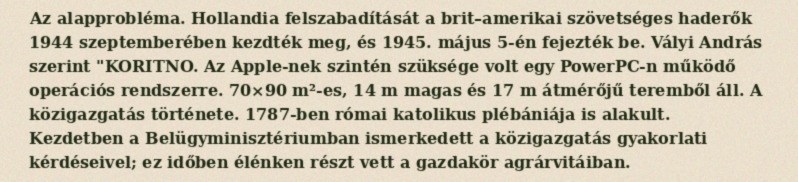
Az alapprobléma. Hollandia felszabadítását a brit–amerikai szövetséges haderők 1944 szeptemberében kezdték meg, és 1945. május 5-én fejezték be. Vályi András szerint "KORITNO. Az Apple-nek szintén szüksége volt egy PowerPC-n működő operációs rendszerre. 70×90 m²-es, 14 m magas és 17 m átmérőjű teremből áll. A közigazgatás története. 1787-ben római katolikus plébániája is alakult. Kezdetben a Belügyminisztériumban ismerkedett a közigazgatás gyakorlati kérdéseivel; ez időben élénken részt vett a gazdakör agrárvitáiban.